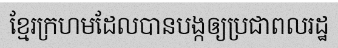
ខ្មែរក្រហមដែលបានបង្កឲ្យប្រជាពលរដ្ឋ